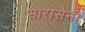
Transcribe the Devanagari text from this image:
सारासेनी